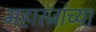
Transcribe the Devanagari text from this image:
महारजांच्या